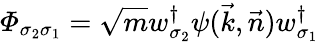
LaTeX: {\mit\Phi}_{\sigma_{2}\sigma_{1}}=\sqrt{m}w_{\sigma_{2}}^{\dagger}\psi(\vec{k},\vec{n})w_{\sigma_{1}}^{\dagger}